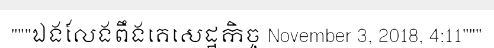
"""ឯងលែងពឹងគេសេដ្ឋកិច្ច November 3, 2018, 4:11"""